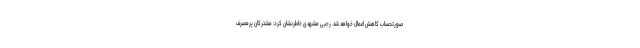
صورتحساب کاهش اعمال خواهد شد. رجبی مشهدی خاطرنشان کرد: مشترکان پرمصرف